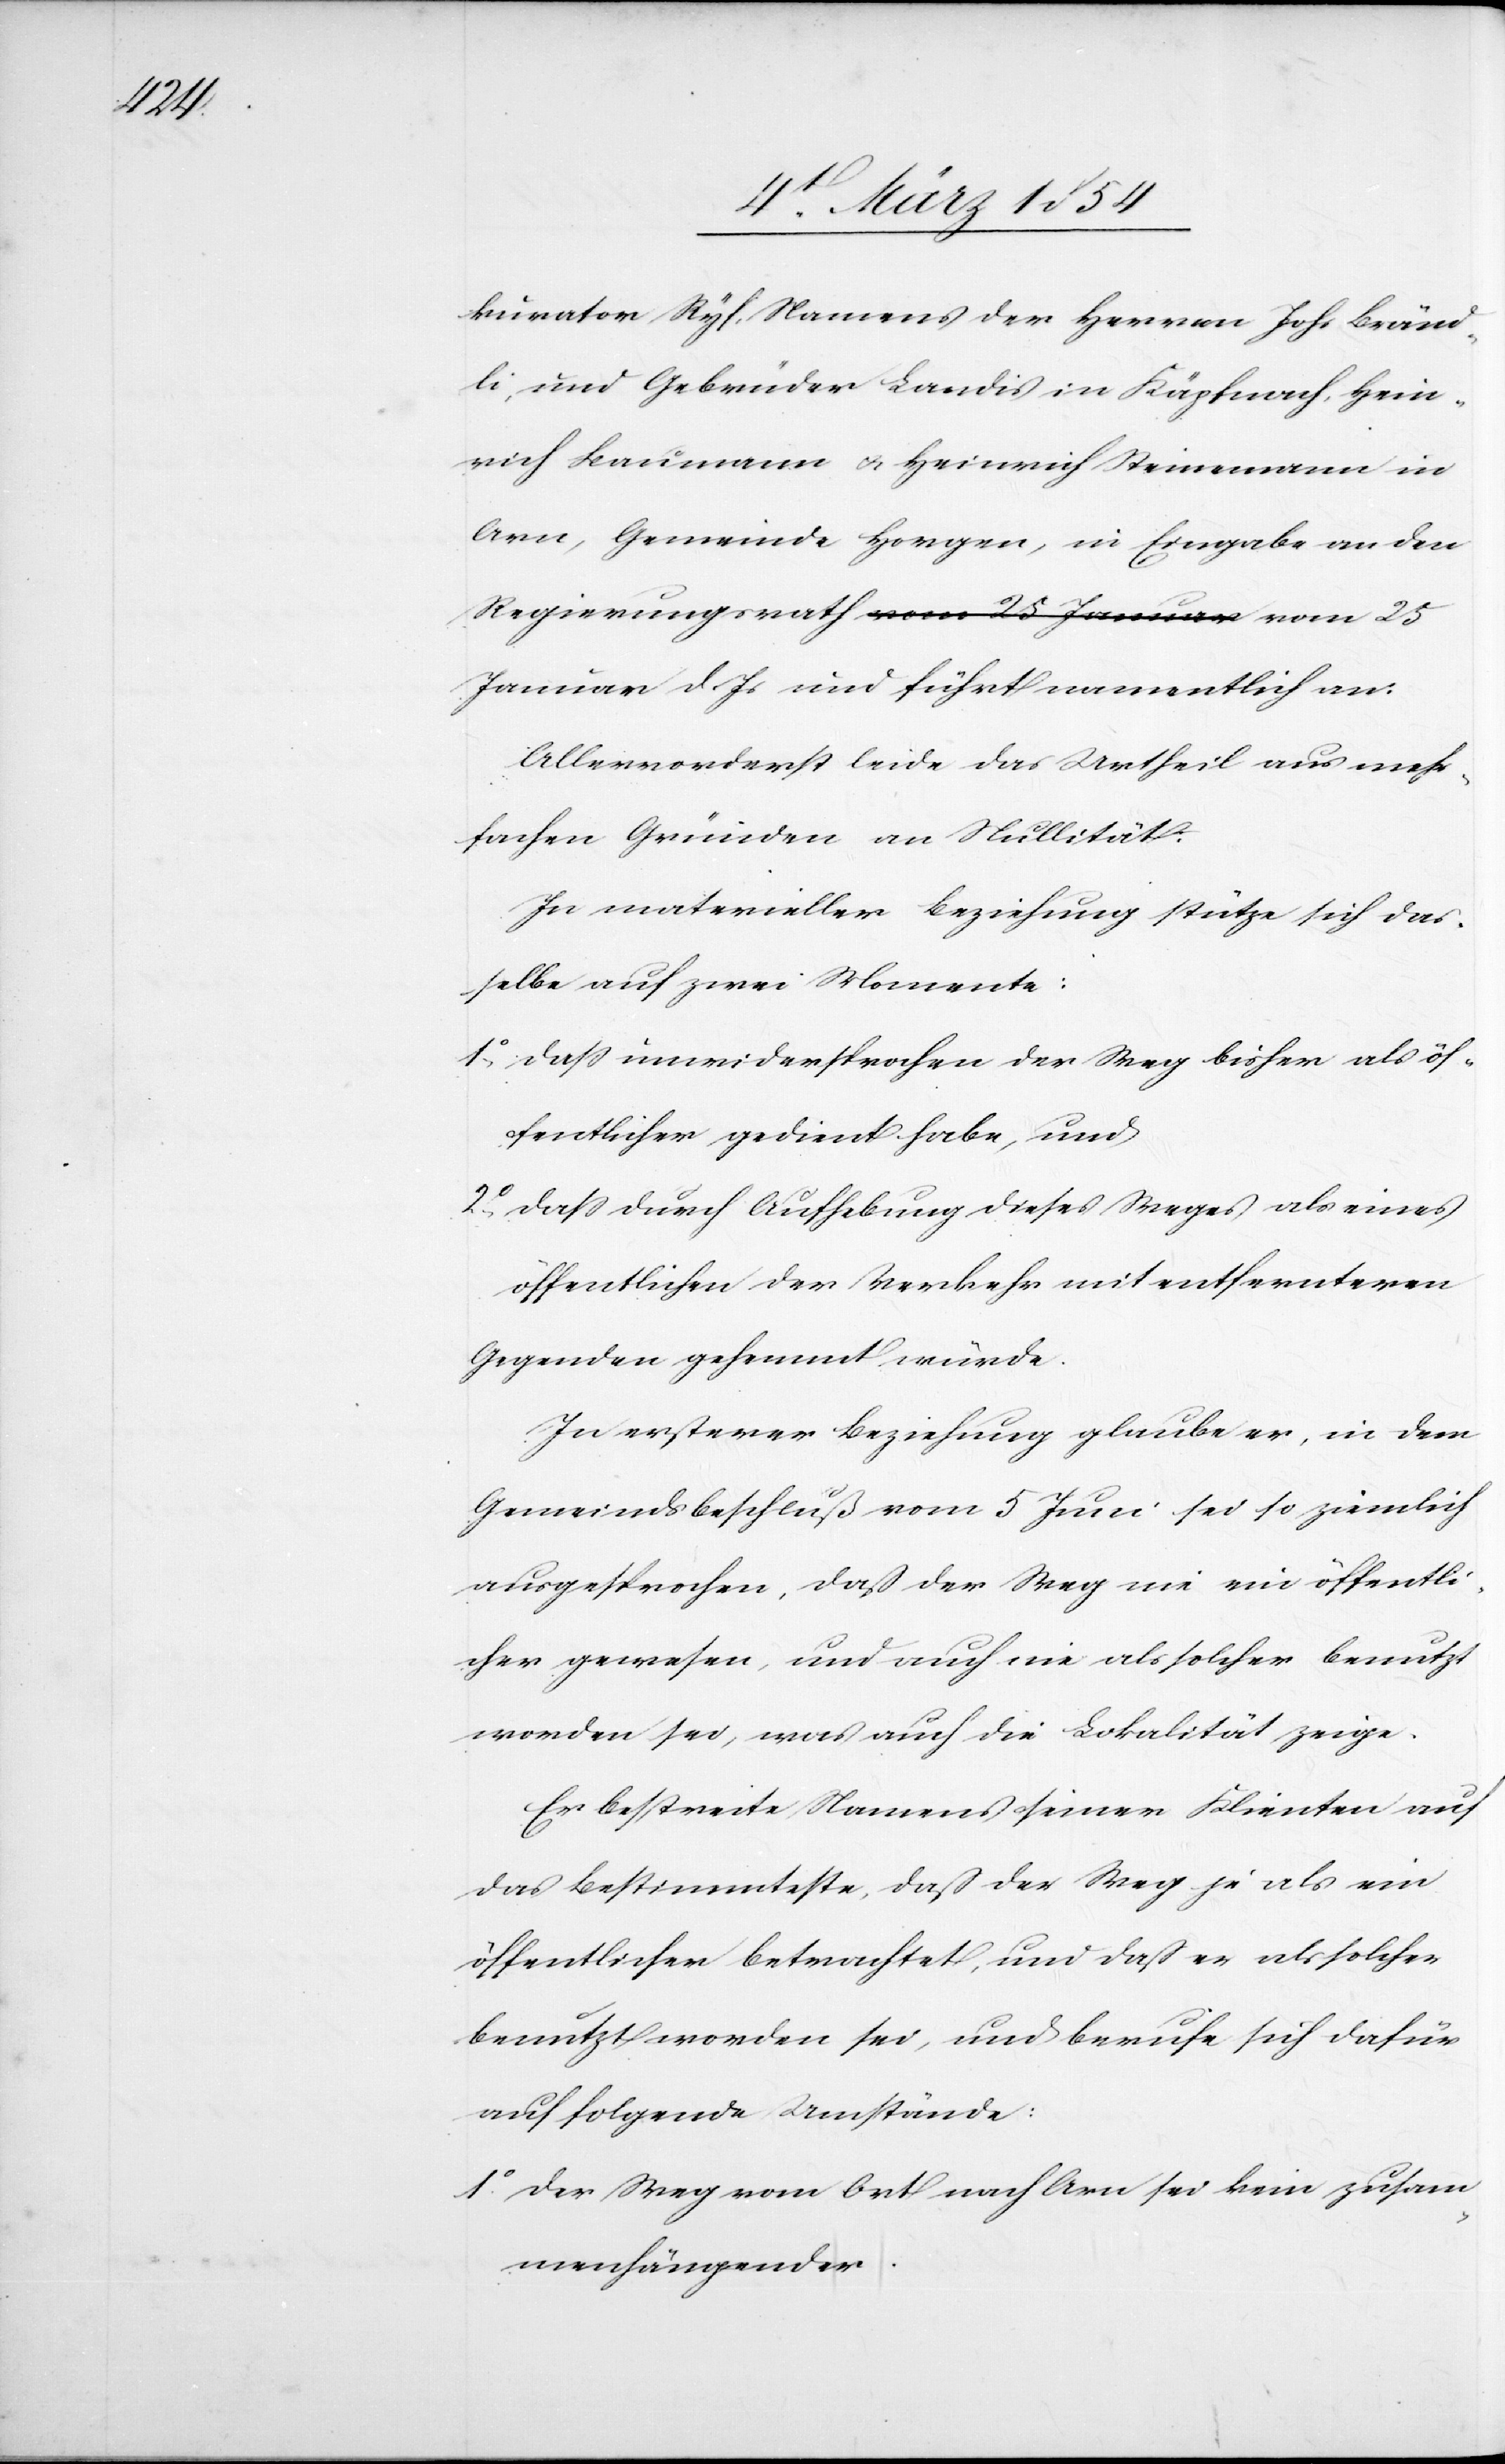
kurator Ryf, Namens der Herren Johs Bränd¬
li, und Gebrüder Landis in Käpfnach, Hein¬
rich Baumann u. Heinrich Steinemann in
Arn, Gemeinde Horgen, in Eingabe an den
Regierungsrath vom 25 Januar d. Js
Allervorderst leide das Urtheil aus mehr¬
fachen Gründen an Nullität:
In materieller Beziehung stütze sich das¬
selbe auf zwei Momente:
1o daß unwidersprochen der Weg bisher als öf¬
fentlicher gedient habe, und
2o daß durch Aufhebung dieses Weges als eines
öffentlichen der Verkehr mit entfernteren
Gegenden gehemmt würde.
In ersterer Beziehung glaube er, in dem
Gemeindsbeschluß vom 5 Juni sei so ziemlich
ausgesprochen, daß der Weg nie ein öffentli¬
cher gewesen, und auch nie als solcher benutzt
worden sei, was auch die Lokalität zeige.
Er bestreite Namens seiner Klienten auf
das Bestimmteste, daß der Weg je als ein
öffentlicher betrachtet, und daß er als solcher
benutzt worden sei, und berufe sich dafür
auf folgende Umstände:
1o Der Weg vom Ort nach Arn sei kein zusam¬
menhängender.